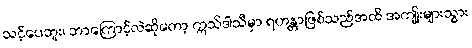
သင့်ပေဘူး၊ ဘာကြောင့်လဲဆိုတော့ ဣသိဒါသီမှာ ရဟန္တာဖြစ်သည်အထိ အကျိုးများသွား